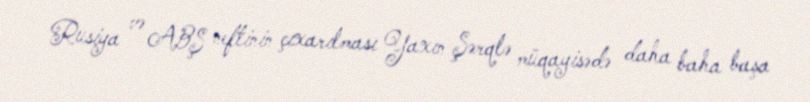
Rusiya və ABŞ neftinin çıxarılması Yaxın Şərqlə müqayisədə daha baha başa